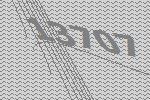
13707